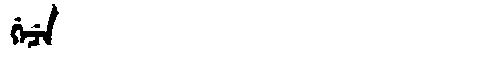
Manchu: ᡤᡝᠴᡝ
Romanization: GECE